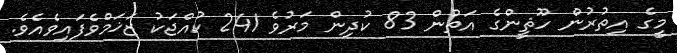
މީގެ އިތުރުން ހޫޘީންގެ އަތުން 83 ކުދިން މަރުވެ 241 ކުއްޖަކު ޒަޚަމްވެފައިވެއެވެ.